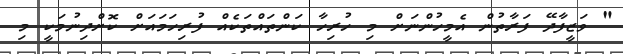
" ވަޒީފާދޭ ފަރާތުން އެމީހުންނަށް މި ހުރިހާ ކަންތައްތަކެއް ފުރިހަމައަށް ކޮށްދިނުމަކީ މި